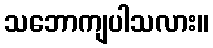
သဘောကျပါသလား။